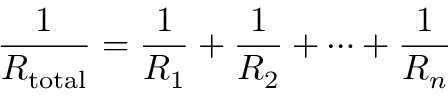
{ \frac { 1 } { R _ { \mathrm { t o t a l } } } } = { \frac { 1 } { R _ { 1 } } } + { \frac { 1 } { R _ { 2 } } } + \cdots + { \frac { 1 } { R _ { n } } }